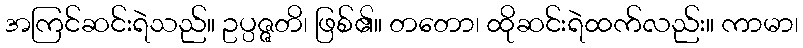
အကြင်ဆင်းရဲသည်။ ဥပ္ပဇ္ဇတိ၊ ဖြစ်၏။ တတော၊ ထိုဆင်းရဲထက်လည်း။ ကာမာ၊